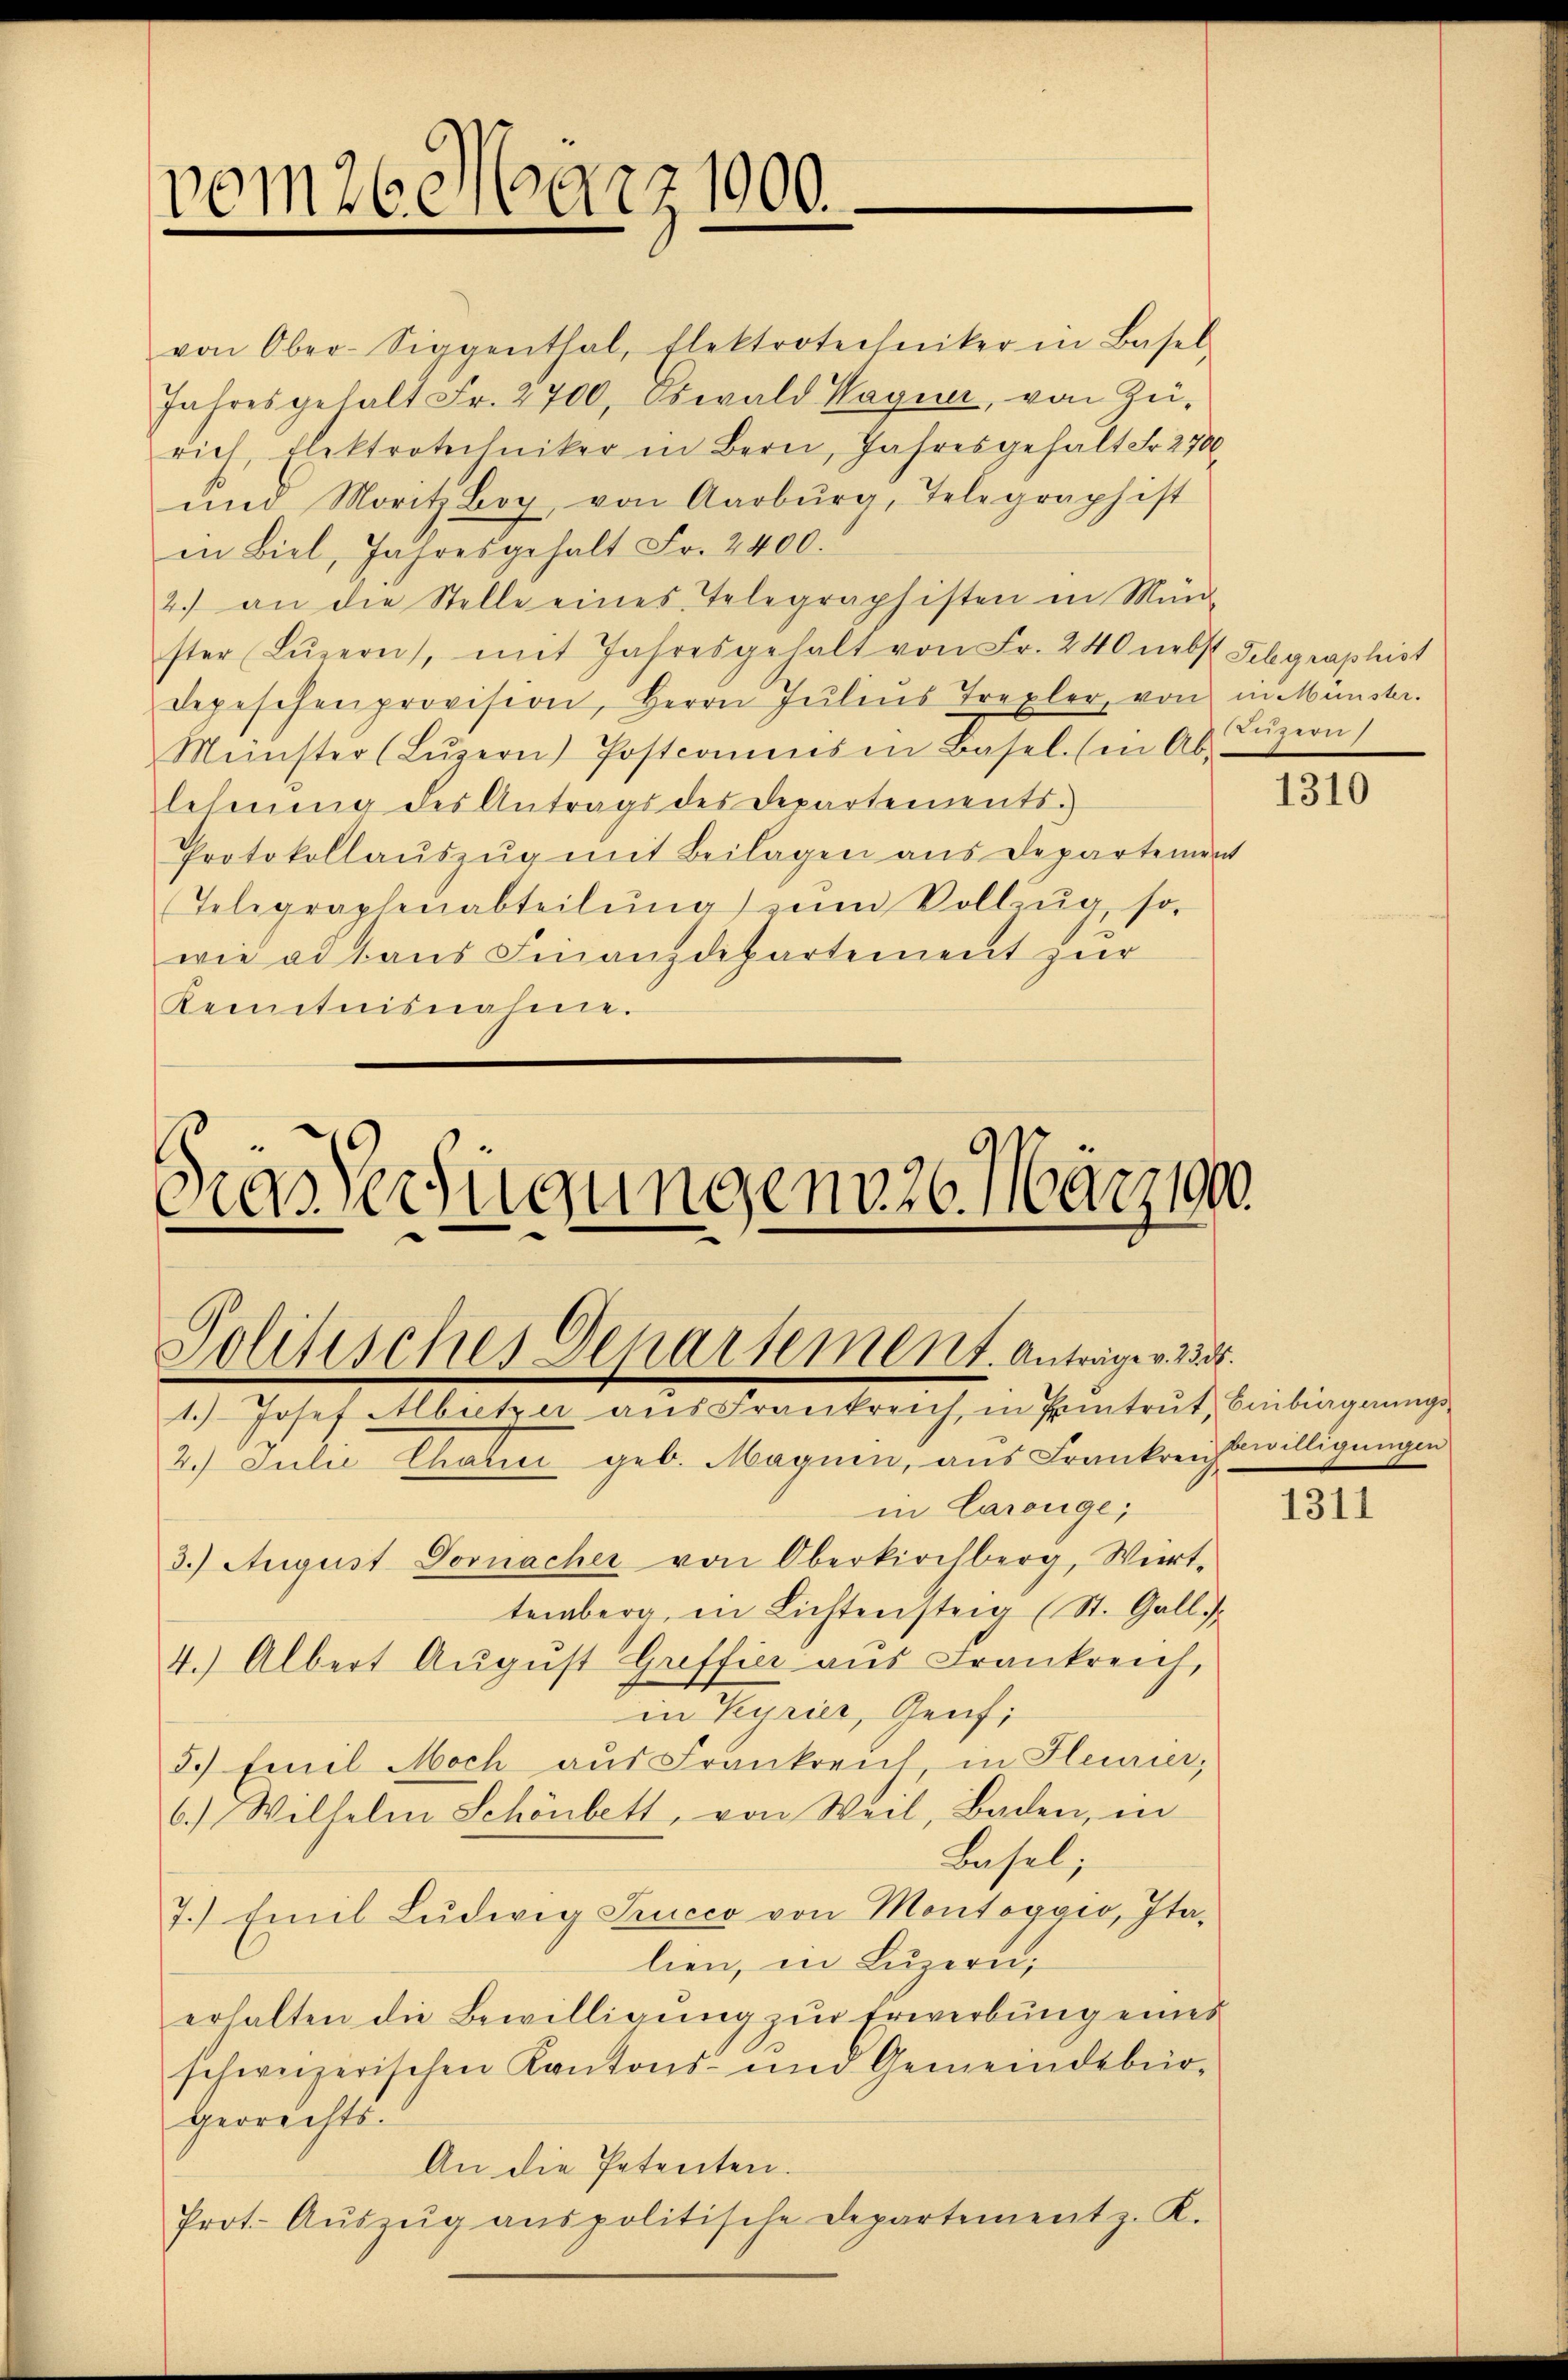
vom 26. März 1900.

von Ober-Siggenthal, Elektrotechniker in Basel
Jahresgehalt Fr. 2700, Oswald Wagner, von Zŭ-
rich, Elektrotechniker in Bern, Jahresgehalt Fr. 2700.
und Moritz Boy, von Aarburg, Telegraphist
in Biel, Jahresgehalt Fr. 2400.
2.) an die Stelle eines Telegraphisten in Münd-
ster Lŭzern, mit Jahresgehalt von Fr. 240 nebst Sebgraphist
depeschenprovision, Herrn Jŭliŭs Trexler, von in Münster.
Münster (Lŭzern) Postcomens in Basel. (in Abs.
lehnung des Antrags des Departements.
Protokollaŭszŭg mit Beilagen aus Departement
Telegraphenabteilŭng ŭm Vollzŭg, so
wie ad aus Finanzdepartement zur
Kenntnisnahme.

Grasserfügungen 30. März 1890.

Politisches Departement. Anträger 233.

1.) Josef Abutzer ans Frankreich, in Eintrŭt, Einbiagnŭngs-
2. Julie Charin geb. Magnen, aus Frankreichswilligungen
in Carouge;
3.) August Dornacher von Oberkirchberg, Wirt-
temberg, in Lichtensteig (St. Gallis
4.) Albert August Greffier aus Frankreich,
in Kyrier, Genfi
3.) Emil Moch aus Frankreich in Feurier,
6.) Wilhelm Schönbett, von Weil, Baden, in
Basel;
7.) Emil Ludwig Stucco von Montaggio, Italien, in Luzern;
erhalten die Bewilligŭng zŭr Erwerbŭng eines
schweizerischen Kantons- und Gemeindebür-
gerrechts.
An die Petenten.
Prot. Aŭszŭg aŭspolitische Departement z. K.

1

1310

1311